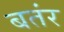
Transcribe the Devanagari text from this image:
बतंर